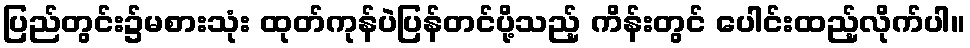
ပြည်တွင်း၌မစားသုံး ထုတ်ကုန်ပဲပြန်တင်ပို့သည့် ကိန်းတွင် ပေါင်းထည့်လိုက်ပါ။